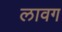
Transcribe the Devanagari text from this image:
लावग